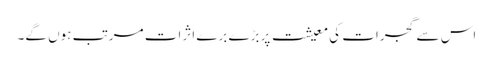
اس سے گجرات کی معیشت پر بڑے برے اثرات مرتب ہوں گے۔